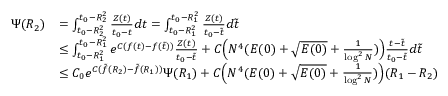
\begin{array} { r l } { \Psi ( R _ { 2 } ) } & { = \int _ { t _ { 0 } - R _ { 2 } ^ { 2 } } ^ { t _ { 0 } - R _ { 2 } ^ { 2 } } \frac { Z ( t ) } { t _ { 0 } - t } d t = \int _ { t _ { 0 } - R _ { 1 } ^ { 2 } } ^ { t _ { 0 } - R _ { 1 } ^ { 2 } } \frac { Z ( t ) } { t _ { 0 } - \tilde { t } } d \tilde { t } } \\ & { \leq \int _ { t _ { 0 } - R _ { 1 } ^ { 2 } } ^ { t _ { 0 } - R _ { 1 } ^ { 2 } } e ^ { C ( f ( t ) - f ( \tilde { t } ) ) } \frac { Z ( t ) } { t _ { 0 } - \tilde { t } } + C \Big ( N ^ { 4 } ( E ( 0 ) + \sqrt { E ( 0 ) } + \frac { 1 } { \log ^ { 2 } N } ) \Big ) \frac { t - \tilde { t } } { t _ { 0 } - \tilde { t } } d \tilde { t } } \\ & { \leq C _ { 0 } e ^ { C ( \tilde { f } ( R _ { 2 } ) - \tilde { f } ( R _ { 1 } ) ) } \Psi ( R _ { 1 } ) + C \Big ( N ^ { 4 } ( E ( 0 ) + \sqrt { E ( 0 ) } + \frac { 1 } { \log ^ { 2 } N } ) \Big ) ( R _ { 1 } - R _ { 2 } ) } \end{array}